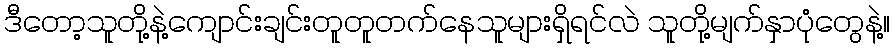
ဒီတော့သူတို့နဲ့ကျောင်းချင်းတူတူတက်နေသူများရှိရင်လဲ သူတို့မျက်နှာပုံတွေနဲ့။